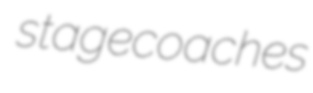
stagecoaches